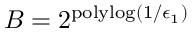
B = 2 ^ { \mathrm { p o l y l o g } ( 1 / \epsilon _ { 1 } ) }